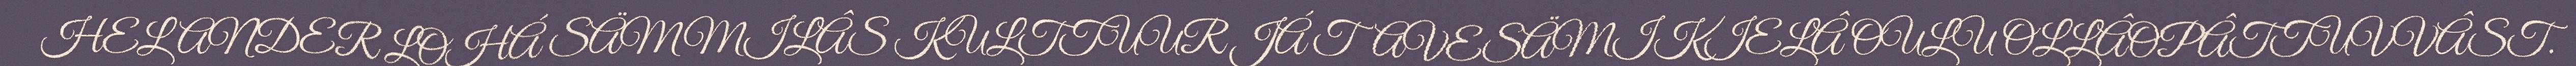
HELANDER LOHÁ SÄMMILÂS KULTTUUR JÁ TAVESÄMIKIELÂ OULU OLLÂOPÂTTUVVÂST.